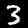
Digit: 3